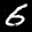
Label: 6